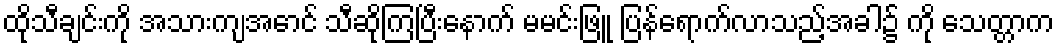
ထိုသီချင်းကို အသားကျအောင် သီဆိုကြပြီးနောက် မမင်းဖြူ ပြန်ရောက်လာသည့်အခါ၌ ကို သေတ္တာက